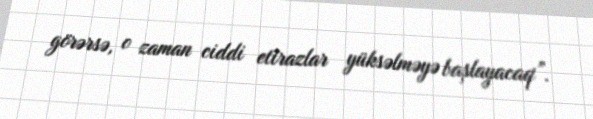
görərsə, o zaman ciddi etirazlar yüksəlməyə başlayacaq”.